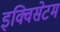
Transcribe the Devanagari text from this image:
इक्विसेटम